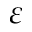
\varepsilon